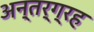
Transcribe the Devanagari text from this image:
अन्तर्ग्रह